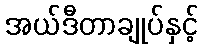
အယ်ဒီတာချုပ်နှင့်